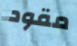
مقود